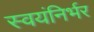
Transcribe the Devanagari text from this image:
स्‍वयंनिर्भर